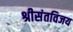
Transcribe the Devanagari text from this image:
श्रीसंतविजय